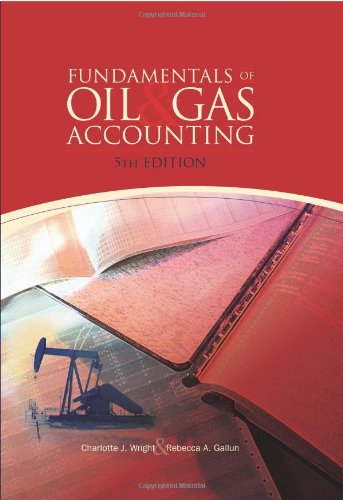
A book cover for Fundamentals of Oil & Gas Accounting, 5th Edition; Charlotte J. Wright; Engineering & Transportation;